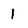
Character: 1